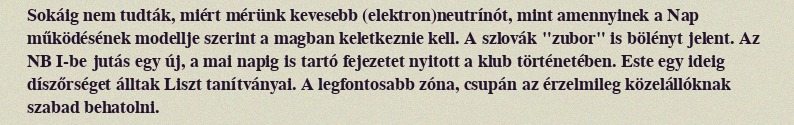
Sokáig nem tudták, miért mérünk kevesebb (elektron)neutrínót, mint amennyinek a Nap működésének modellje szerint a magban keletkeznie kell. A szlovák "zubor" is bölényt jelent. Az NB I-be jutás egy új, a mai napig is tartó fejezetet nyitott a klub történetében. Este egy ideig díszőrséget álltak Liszt tanítványai. A legfontosabb zóna, csupán az érzelmileg közelállóknak szabad behatolni.